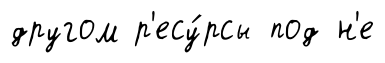
другом р'есу́рсы под н'е